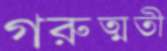
গরুত্মতী